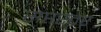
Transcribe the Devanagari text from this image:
सप्तस्वर